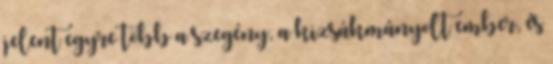
jelent egyre több a szegény, a kizsákmányolt ember, és